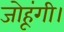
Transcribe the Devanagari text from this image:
जोहूंगी।